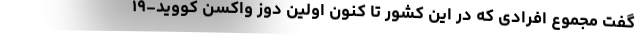
گفت مجموع افرادی که در این کشور تا کنون اولین دوز واکسن کووید-۱۹